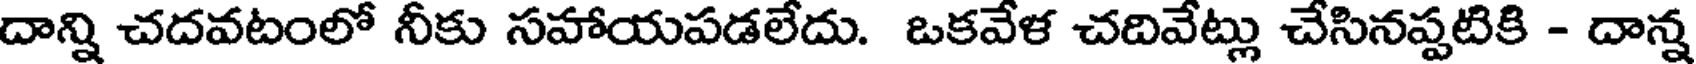
దాన్ని చదవటంలో నీకు సహాయపడలేదు. ఒకవేళ చదివేట్లు చేసినప్పటికి - దాన్న